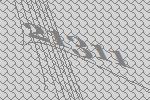
21311